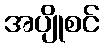
အပျိုစင်